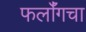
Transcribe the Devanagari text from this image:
फर्लाँगचा